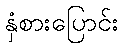
နှံစားပြောင်း